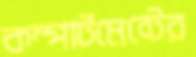
কম্পার্টমেন্টের